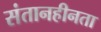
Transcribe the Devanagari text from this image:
संतानहीनता